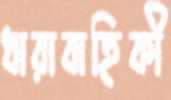
ধারাবাহিকী